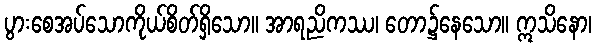
ပွားစေအပ်သောကိုယ်စိတ်ရှိသော။ အာရညိကဿ၊ တော၌နေသော။ ဣသိနော၊